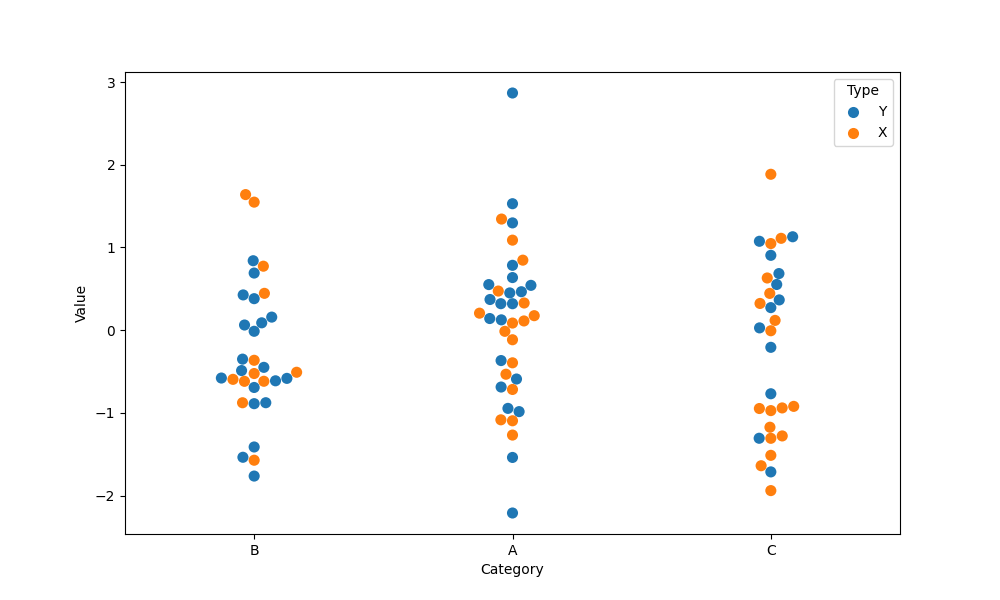
python, seaborn, swarmplot, dodge=False, alpha=1.0, size=8